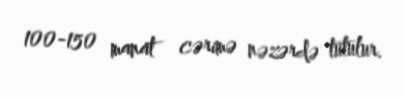
100-150 manat cərimə nəzərdə tutulur.